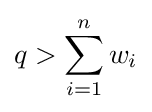
q>\sum _{i=1}^{n}w_{i}